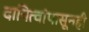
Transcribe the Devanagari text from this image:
दायित्वांपासूनही